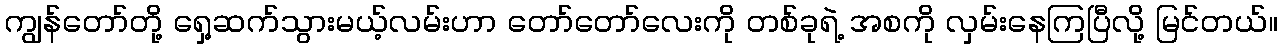
ကျွန်တော်တို့ ရှေ့ဆက်သွားမယ့်လမ်းဟာ တော်တော်လေးကို တစ်ခုရဲ့ အစကို လှမ်းနေကြပြီလို့ မြင်တယ်။